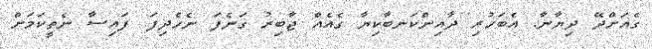
ގެއަށްދޭ ދިޔާނާ. އެބަހުރި ދާއިންކަނބާކިޔާ ގެއެއް ޖާބިރު ގަނެފަ ނެހެދިފަ. ފައިސާ ނެތީކަމަށް